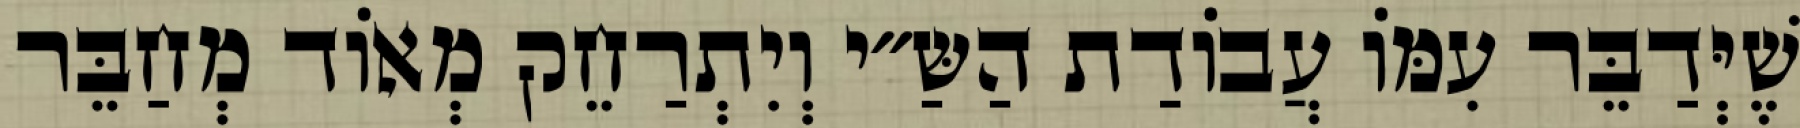
שֶׁיְּדַבֵּר עִמּוֹ עֲבוֹדַת הַשַּ״י וְיִתְרַחֵק מְאוֹד מְחַבֵּר